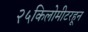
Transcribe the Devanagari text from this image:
२५किलोमीटरहून